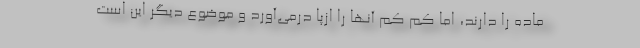
ماده را دارند، اما کم کم آنها را ازپا درمی‌آورد و موضوع دیگر این است